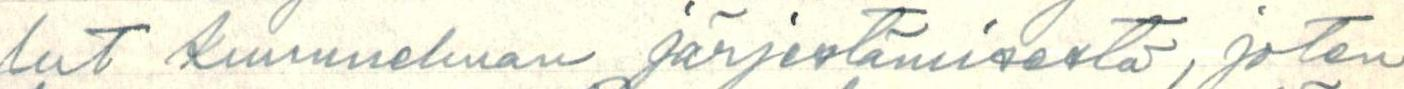
lut kuunnelman järjestämisestä, joten